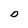
Character: D